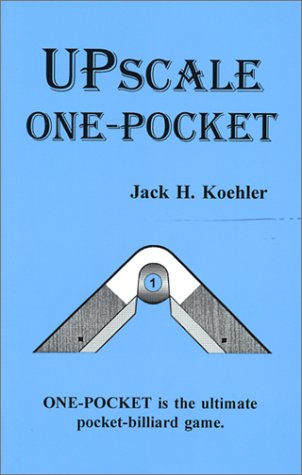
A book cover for Upscale One-Pocket; Jack H. Koehler; Sports & Outdoors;